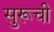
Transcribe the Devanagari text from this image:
सुरूची